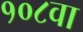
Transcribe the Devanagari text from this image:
१०८वा